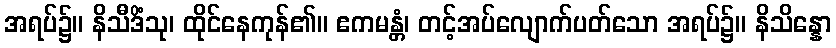
အရပ်၌။ နိသီဒိံသု၊ ထိုင်နေကုန်၏။ ဧကမန္တံ၊ တင့်အပ်လျောက်ပတ်သော အရပ်၌။ နိသိန္နော